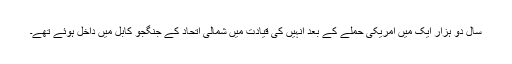
سال دو ہزار ایک میں امریکی حملے کے بعد انہیں کی قیادت میں شمالی اتحاد کے جنگجو کابل میں داخل ہوئے تھے۔